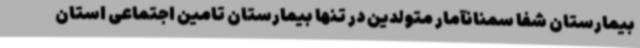
بیمارستان شفا سمنانآمار متولدین در تنها بیمارستان تامین اجتماعی استان